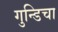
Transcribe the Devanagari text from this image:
गुन्डिचा